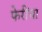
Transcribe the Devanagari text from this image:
फेरींचा